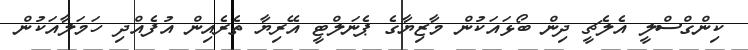
ކިންގްސްލީ އެލެޗީ ދިން ބޯޅައަކުން މާޒިޔާގެ ޕެނަލްޓީ އޭރިޔާ ތެރެއިން އުފެއްދި ހަމަލާއަކުން